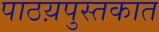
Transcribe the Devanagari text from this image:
पाठय़पुस्तकात